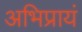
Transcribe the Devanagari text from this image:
अभिप्रायं